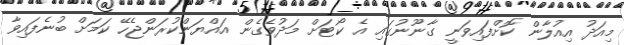
މިއަދު އިއުލާން ކޮށްފައިވަނީ ގާނޫނުގައި އެ ކޯޓަށް މަދުވެގެން އައްޔަންކުރަންޖެހޭ ކަމަށް ބުނެފައިވާ